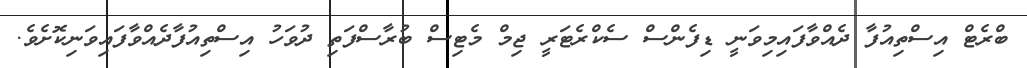
ބްރެޓް އިސްތިއުފާ ދެއްވާފައިމިވަނީ ޑިފެންސް ސެކްރެޓަރީ ޖިމް މެޓިސް ބުރާސްފަތި ދުވަހު އިސްތިއުފާދެއްވާފައިވަނިކޮށެވެ.